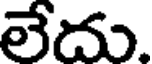
లేదు.